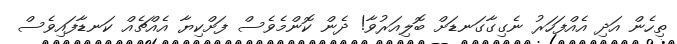
ތިހެން އަދި އެއްފަހަރު ނެގިގާގަނޑަށް ބޮލިއަރުވާ! ދެން ކޮންމެވެސް ފަށްކިޔާ އެއްޗެއް ކަނޑާފައިވެސް